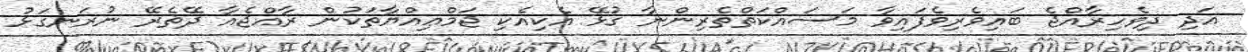
އަދި ދިވެހިރާއްޖެ ބައިވެރިވެފައިވާ މަސައްކަތްތެރިންނާ ގުޅޭ އެކިއެކި ޖަމްޢިއްޔާތަކުން ރާއްޖެއާ ދޭތެރޭ ނުރަނގަޅު